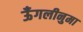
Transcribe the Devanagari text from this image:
ऊँगलीनुमा